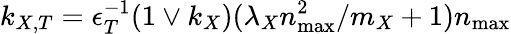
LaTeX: k_{X,T}=\epsilon_{T}^{-1}(1\vee k_{X})(\lambda_{X}n_{\operatorname*{max}}^{2}/m_{X}+1)n_{\operatorname*{max}}